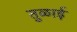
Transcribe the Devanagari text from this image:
तुळाई